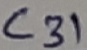
Text: C31